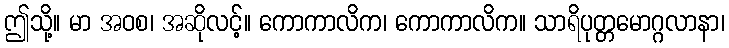
ဤသို့။ မာ အဝစ၊ အဆိုလင့်။ ကောကာလိက၊ ကောကာလိက။ သာရိပုတ္တမောဂ္ဂလာနာ၊